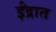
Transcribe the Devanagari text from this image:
ईंद्रात